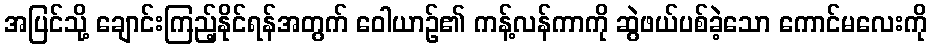
အပြင်သို့ ချောင်းကြည့်နိုင်ရန်အတွက် ဝေါယာဉ်၏ ကန့်လန်ကာကို ဆွဲဖယ်ပစ်ခဲ့သော ကောင်မလေးကို